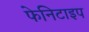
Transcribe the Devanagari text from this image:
फेनिटाइप